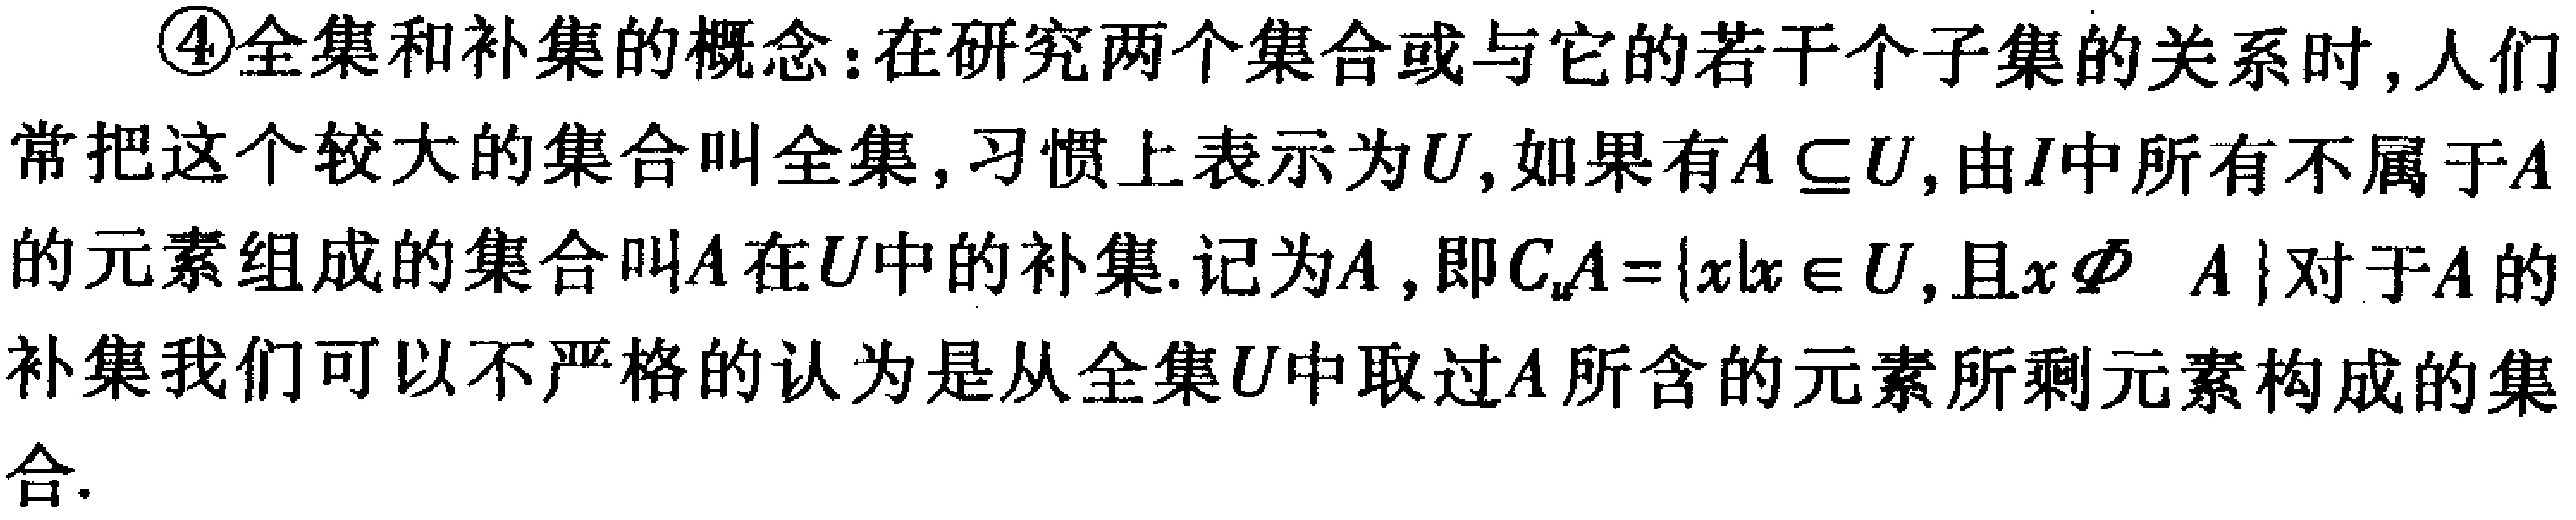
\textcircled{4}全集和补集的概念：在研究两个集合或与它的若干个子集的关系时，人们常把这个较大的集合叫全集，习惯上表示为\(U\)，如果有\(A\subseteq U\)，由\(U\)中所有不属于\(A\)的元素组成的集合叫\(A\)在\(U\)中的补集. 记为\(\complement_U A\)，即\(\complement_U A = \{x|x\in U,且x\notin A\}\)对于\(A\)的补集我们可以不严格的认为是从全集\(U\)中取过\(A\)所含的元素所剩元素构成的集合.